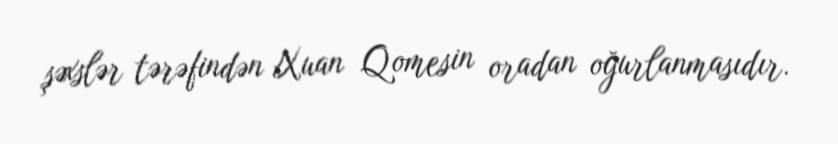
şəxslər tərəfindən Xuan Qomesin oradan oğurlanmasıdır.